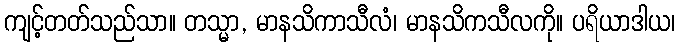
ကျင့်တတ်သည်သာ။ တသ္မာ, မာနသိကာသီလံ၊ မာနသိကသီလကို။ ပရိယာဒါယ၊